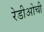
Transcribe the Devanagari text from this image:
रेडीओची